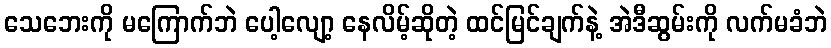
သေဘေးကို မကြောက်ဘဲ ပေါ့လျော့ နေလိမ့်ဆိုတဲ့ ထင်မြင်ချက်နဲ့ အဲဒီဆွမ်းကို လက်မခံဘဲ